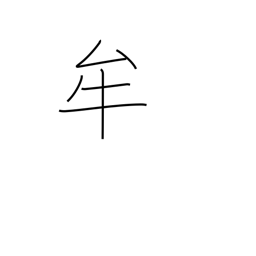
Meaning: pupil (eye)